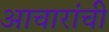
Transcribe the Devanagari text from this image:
आचारांची